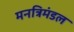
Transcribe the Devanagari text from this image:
मनत्रिमंडल